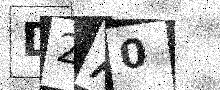
Text: D2A0